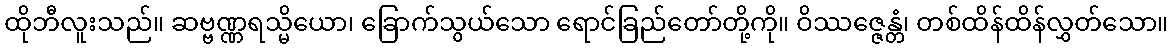
ထိုဘီလူးသည်။ ဆဗ္ဗဏ္ဏရသ္မိယော၊ ခြောက်သွယ်သော ရောင်ခြည်တော်တို့ကို။ ဝိဿဇ္ဇေန္တံ၊ တစ်ထိန်ထိန်လွှတ်သော။